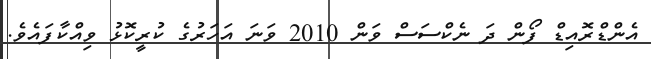
އެންޑްރޮއިޑް ފޯން ދަ ނެކްސަސް ވަން 2010 ވަނަ އަހަރުގެ ކުރީކޮޅު ވިއްކާފައެވެ.